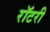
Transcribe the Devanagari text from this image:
रॉटरी